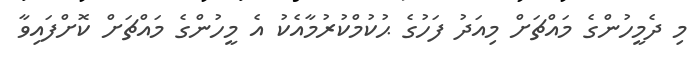
މި ދެމީހުންގެ މައްޗަށް މިއަދު ފަހުގެ ޙުކުމްކުރުމާއެކު އެ މީހުންގެ މައްޗަށް ކޮށްފައިވާ